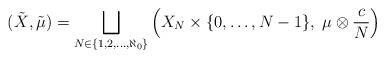
LaTeX: \begin{align*}(\tilde X, \tilde \mu) = \bigsqcup_{N \in \{1, 2, \dots, \aleph_0\}} \left(X_N \times \{0, \dots, N-1\},\; \mu \otimes \frac{c}{N}\right)\end{align*}